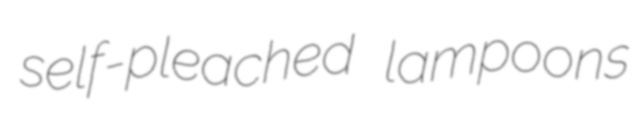
self-pleached lampoons